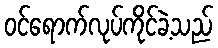
ဝင်ရောက်လုပ်ကိုင်ခဲ့သည်